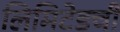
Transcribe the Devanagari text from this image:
लिमिटेडची